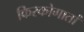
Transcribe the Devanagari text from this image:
किरकोगातां